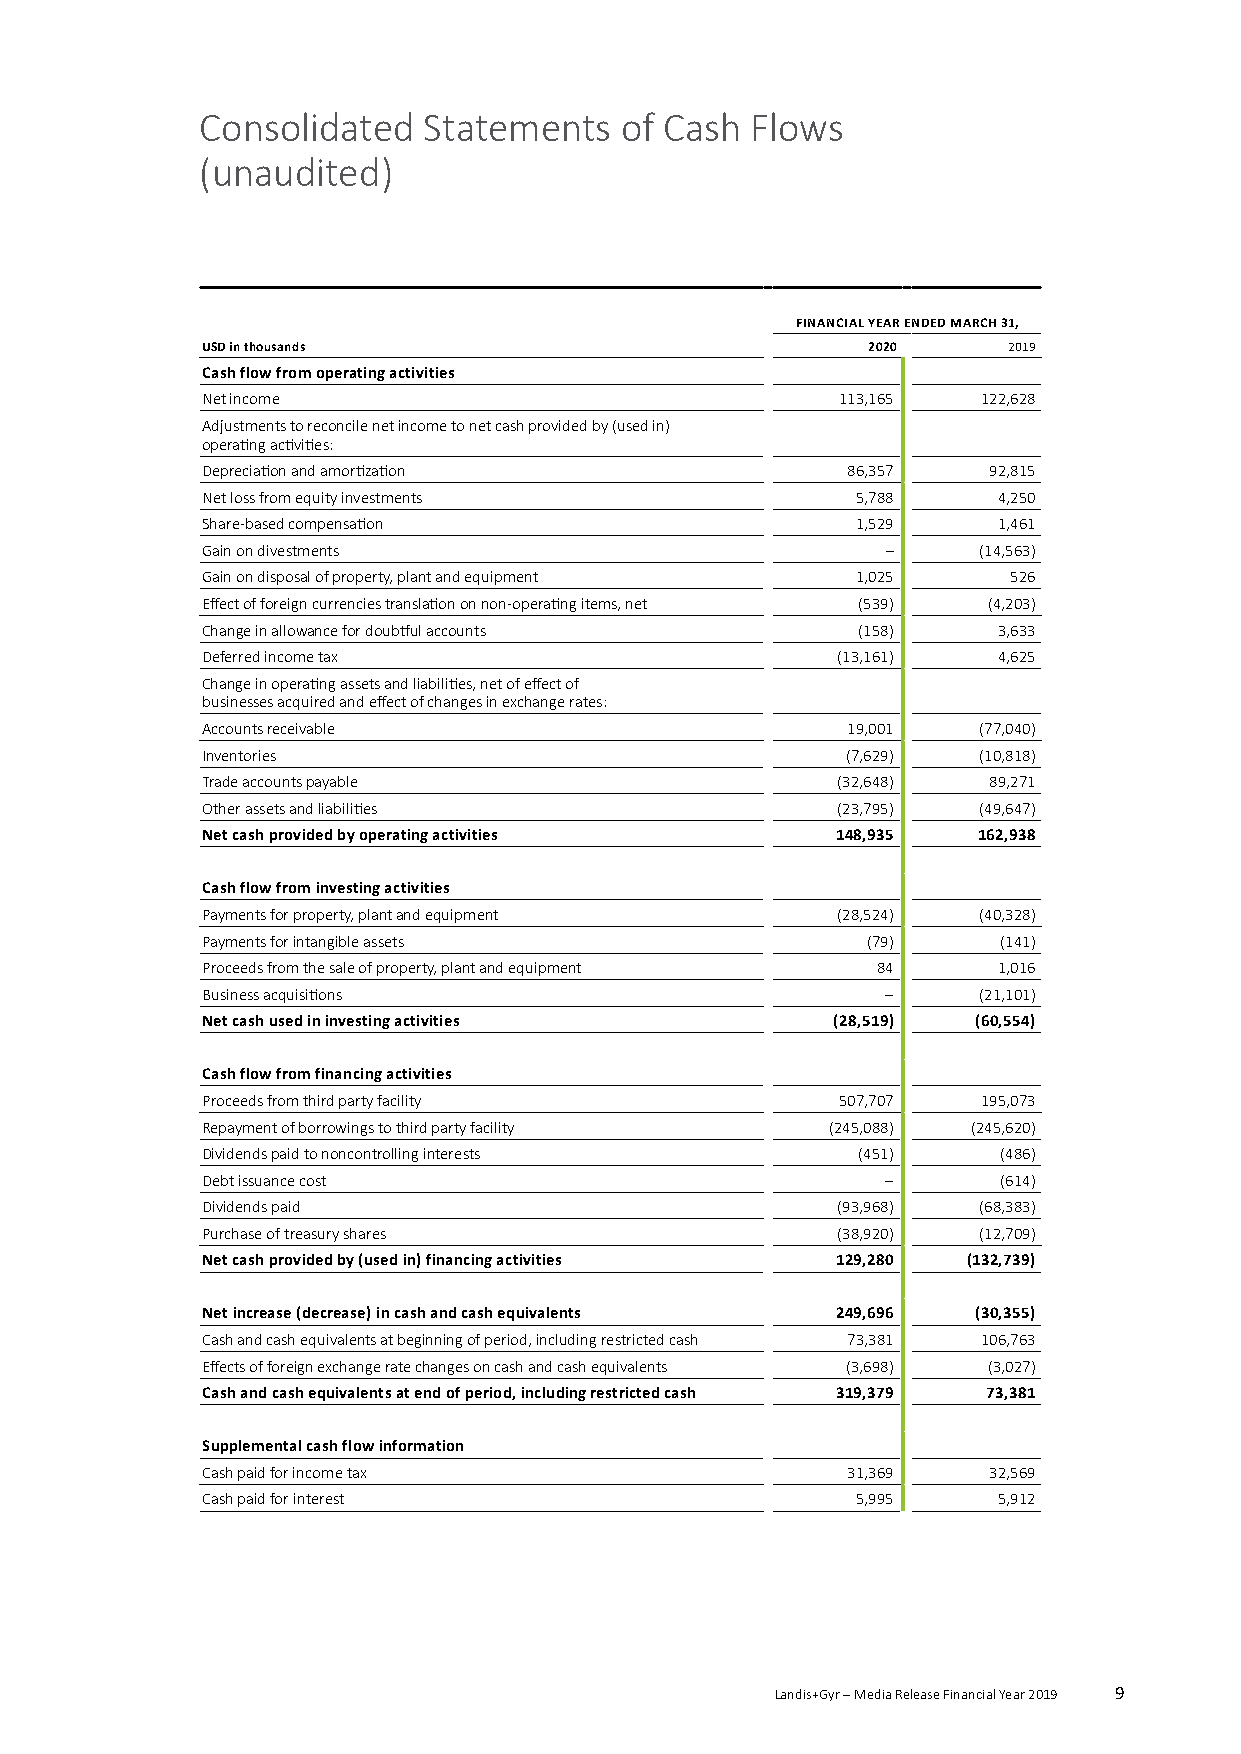
Consolidated   Statements   of Cash  Flows
 (unaudited)
 FINANCIAL YEAR ENDED MARCH 31,
 USD in thousands                            2020      2019
 Cash flow from operating activities
 Net income                                 113,165  122,628
 Adjustments to reconcile net income to net cash provided by (used in)
 operating activities:
 Depreciation and amortization              86,357   92,815
 Net loss from equity investments            5,788    4,250
 Share-based compensation                    1,529    1,461
 Gain on divestments                           –     (14,563)
 Gain on disposal of property, plant and equipment 1,025 526
 Effect of foreign currencies translation on non-operating items, net (539) (4,203)
 Change in allowance for doubtful accounts   (158)    3,633
 Deferred income tax                       (13,161)   4,625
 Change in operating assets and liabilities, net of effect of
 businesses acquired and effect of changes in exchange rates:
 Accounts receivable                        19,001   (77,040)
 Inventories                                (7,629)  (10,818)
 Trade accounts payable                    (32,648)  89,271
 Other assets and liabilities              (23,795)  (49,647)
 Net cash provided by operating activities 148,935   162,938
 Cash flow from investing activities
 Payments for property, plant and equipment (28,524) (40,328)
 Payments for intangible assets              (79)     (141)
 Proceeds from the sale of property, plant and equipment 84 1,016
 Business acquisitions                         –     (21,101)
 Net cash used in investing activities     (28,519)  (60,554)
 Cash flow from financing activities
 Proceeds from third party facility         507,707  195,073
 Repayment of borrowings to third party facility (245,088) (245,620)
 Dividends paid to noncontrolling interests  (451)    (486)
 Debt issuance cost                            –      (614)
 Dividends paid                            (93,968)  (68,383)
 Purchase of treasury shares               (38,920)  (12,709)
 Net cash provided by (used in) financing activities 129,280 (132,739)
 Net increase (decrease) in cash and cash equivalents 249,696 (30,355)
 Cash and cash equivalents at beginning of period, including restricted cash 73,381 106,763
 Effects of foreign exchange rate changes on cash and cash equivalents (3,698) (3,027)
 Cash and cash equivalents at end of period, including restricted cash 319,379 73,381
 Supplemental cash flow information
 Cash paid for income tax                   31,369   32,569
 Cash paid for interest                      5,995    5,912
 Landis+Gyr – Media Release Financial Year 2019 9